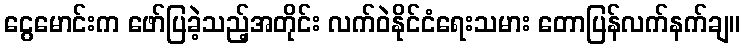
ငွေမောင်းက ဖော်ပြခဲ့သည့်အတိုင်း လက်ဝဲနိုင်ငံရေးသမား တောပြန်လက်နက်ချ။